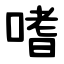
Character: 嗜